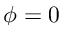
\phi = 0